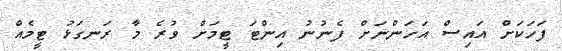
ފަހަކަށް އައިސް އަހަންނަށް ފެނުނު އިންޓަ ޓީމަށް ވުރެ މާ ރަނގަޅު ޓީމެއް